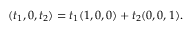
( t _ { 1 } , 0 , t _ { 2 } ) = t _ { 1 } ( 1 , 0 , 0 ) + t _ { 2 } ( 0 , 0 , 1 ) { \mathrm { . } }